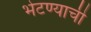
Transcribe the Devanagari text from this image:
भेटण्याची